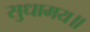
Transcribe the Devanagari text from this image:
सुधामय॥